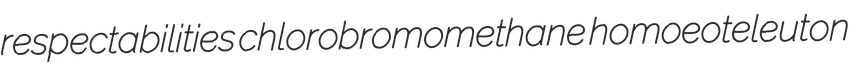
respectabilities chlorobromomethane homoeoteleuton